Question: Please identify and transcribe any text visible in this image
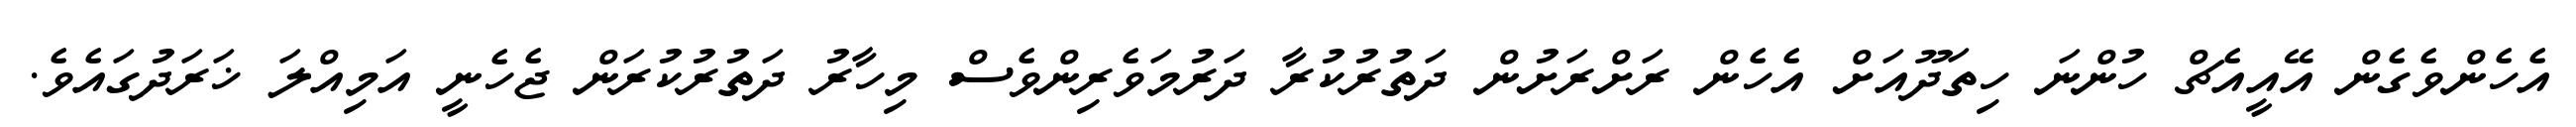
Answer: އެހެންވެގެން އޭއީއެޗް ހުންނަ ހިތަދޫއަށް އެހެން ރަށްރަށުން ދަތުރުކުރާ ދަރުމަވެރިންވެސް މިހާރު ދަތުރުކުރަން ޖެހެނީ އަމިއްލަ ޚަރަދުގައެވެ.